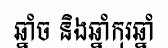
ឆ្នាំច និងឆ្នាំកុរឆ្នាំ